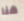
هنا